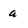
Character: a